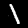
Label: 1